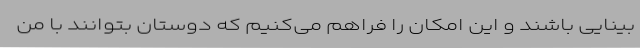
بینایی باشند و این امکان را فراهم می‌کنیم که دوستان بتوانند با من